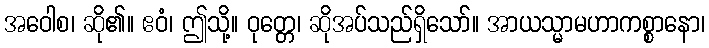
အဝေါစ၊ ဆို၏။ ဧဝံ၊ ဤသို့။ ဝုတ္တေ၊ ဆိုအပ်သည်ရှိသော်။ အာယသ္မာမဟာကစ္စာနော၊